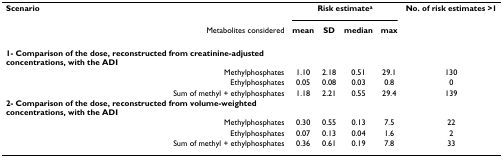
| Scenario | <COLSPAN=4> Risk estimatea | No. of risk estimates >1 |
 | Metabolites considered | mean | SD | median | max |  |
 | --- | --- | --- | --- | --- | --- |
 | 1- Comparison of the dose, reconstructed from creatinine-adjusted concentrations, with the ADI |  |  |  |  |  |
 | Methylphosphates | 1.10 | 2.18 | 0.51 | 29.1 | 130 |
 | Ethylphosphates | 0.05 | 0.08 | 0.03 | 0.8 | 0 |
 | Sum of methyl + ethylphosphates | 1.18 | 2.21 | 0.55 | 29.4 | 139 |
 | 2- Comparison of the dose, reconstructed from volume-weighted concentrations, with the ADI |  |  |  |  |  |
 | Methylphosphates | 0.30 | 0.55 | 0.13 | 7.5 | 22 |
 | Ethylphosphates | 0.07 | 0.13 | 0.04 | 1.6 | 2 |
 | Sum of methyl + ethylphosphates | 0.36 | 0.61 | 0.19 | 7.8 | 33 |